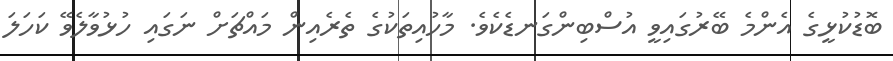
ބޮޑުކުޅީގެ އެންމެ ބޭރުގައިވީ އުސްބިންގަނޑެކެވެ. މާހުއިތަކުގެ ތެރެއިން މައްޗަށް ނަގައި ހުޅުވާލެވޭ ކަހަލަ